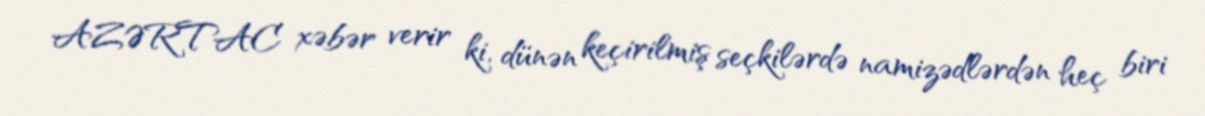
AZƏRTAC xəbər verir ki, dünən keçirilmiş seçkilərdə namizədlərdən heç biri